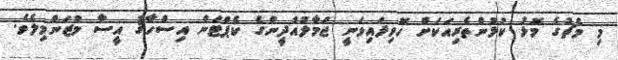
މި މެޗުގެ މޮޅު ކުޅުންތެރިއަކަށް ހޮވިފައިވަނީ ޖަމާލުއްދީންގެ ކެޕްޓަން އިސްހާޤު އީސާ މުޒަންމިލެވެ.